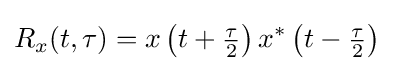
R_{x}(t,\tau )=x\left(t+{\tfrac {\tau }{2}}\right)x^{*}\left(t-{\tfrac {\tau }{2}}\right)